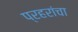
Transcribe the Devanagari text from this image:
प्रहरांचा